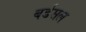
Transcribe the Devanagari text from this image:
बर्डसल